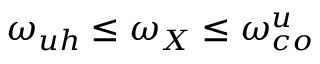
\omega _ { u h } \leq \omega _ { X } \leq \omega _ { c o } ^ { u }